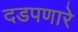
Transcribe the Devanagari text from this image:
दडपणारे